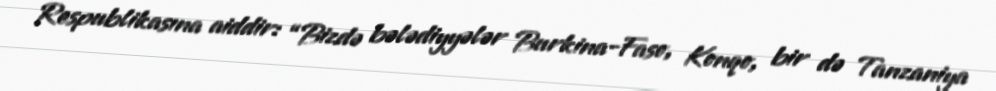
Respublikasına aiddir: “Bizdə bələdiyyələr Burkina-Faso, Konqo, bir də Tanzaniya